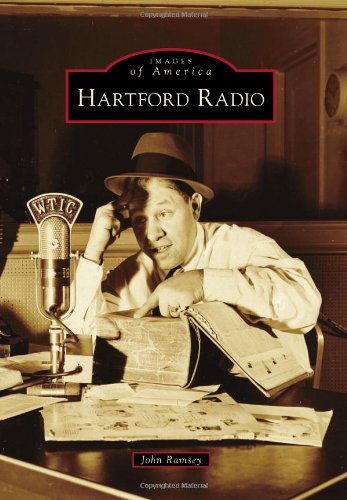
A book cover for Hartford Radio (Images of America); John Ramsey; Humor & Entertainment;